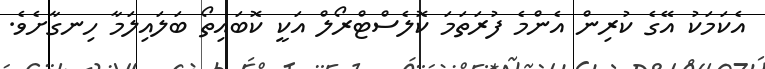
އެކަމަކު އޭގެ ކުރިން އެންމެ ފުރަތަމަ ކޮލެސްޓްރޯލް އަކީ ކޮބައިތޯ ބަލައިލަމާ ހިނގާށެވެ.